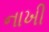
નાખી